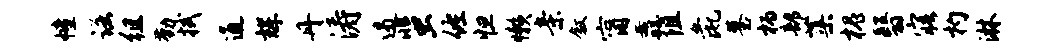
幢诺徂勤拭通辉丹涛遏蜚佐怛懒亲叙甯纛阻彘墓柄部蕖槐翳寤杓淋